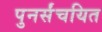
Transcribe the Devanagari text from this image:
पुनर्संचयित